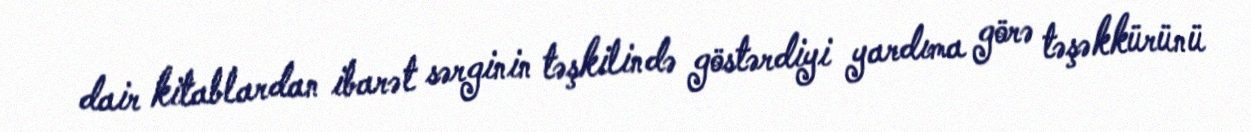
dair kitablardan ibarət sərginin təşkilində göstərdiyi yardıma görə təşəkkürünü